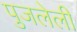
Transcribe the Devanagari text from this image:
पुजलेली